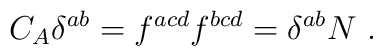
C_A \delta^{ab} = f^{acd}f^{bcd}= \delta^{ab} N \ .